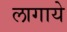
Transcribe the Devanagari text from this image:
लागाये